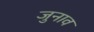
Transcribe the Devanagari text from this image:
जुनाव